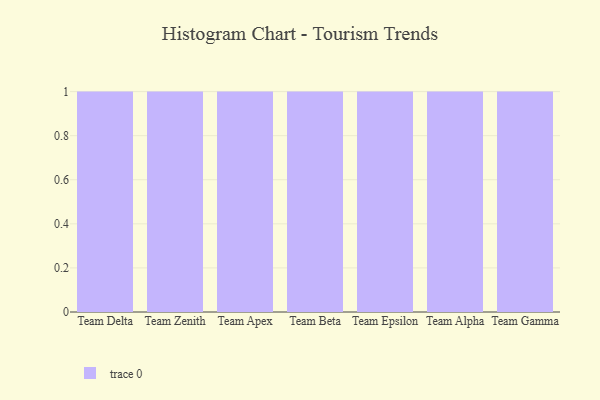
{"axis": {"x": "Team", "y": "Latency (ms)"}, "legend": [""], "data": [{"x": "Team Delta", "y": 22, "type": ""}, {"x": "Team Zenith", "y": 91, "type": ""}, {"x": "Team Apex", "y": 75, "type": ""}, {"x": "Team Beta", "y": 20, "type": ""}, {"x": "Team Epsilon", "y": 84, "type": ""}, {"x": "Team Alpha", "y": 76, "type": ""}, {"x": "Team Gamma", "y": 98, "type": ""}]}